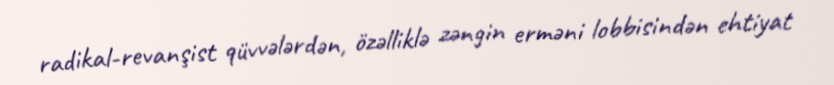
radikal-revanşist qüvvələrdən, özəlliklə zəngin erməni lobbisindən ehtiyat